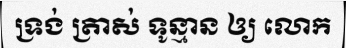
ទ្រង់ ត្រាស់ ទូន្មាន ឲ្យ លោក